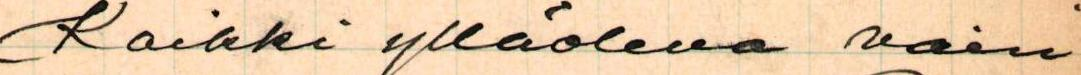
Kaikki ylläoleva vain